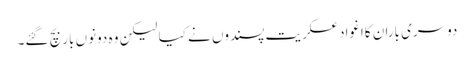
دوسری باران کااغوادعسکریت پسندوں نے کیا لیکن وہ دونوں بار بچ گئے۔